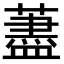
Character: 藎